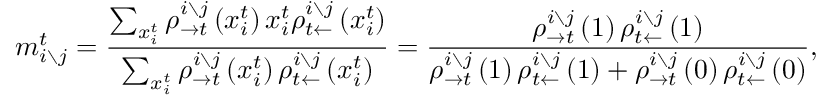
m _ { i \setminus j } ^ { t } = \frac { \sum _ { x _ { i } ^ { t } } \rho _ { \rightarrow t } ^ { i \setminus j } \left( x _ { i } ^ { t } \right) x _ { i } ^ { t } \rho _ { t \leftarrow } ^ { i \setminus j } \left( x _ { i } ^ { t } \right) } { \sum _ { x _ { i } ^ { t } } \rho _ { \rightarrow t } ^ { i \setminus j } \left( x _ { i } ^ { t } \right) \rho _ { t \leftarrow } ^ { i \setminus j } \left( x _ { i } ^ { t } \right) } = \frac { \rho _ { \rightarrow t } ^ { i \setminus j } \left( 1 \right) \rho _ { t \leftarrow } ^ { i \setminus j } \left( 1 \right) } { \rho _ { \rightarrow t } ^ { i \setminus j } \left( 1 \right) \rho _ { t \leftarrow } ^ { i \setminus j } \left( 1 \right) + \rho _ { \rightarrow t } ^ { i \setminus j } \left( 0 \right) \rho _ { t \leftarrow } ^ { i \setminus j } \left( 0 \right) } ,